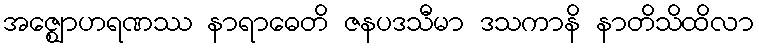
အဇ္ဈောဟရဏဿ နာရာဓေတိ ဇနပဒသီမာ ဒသကာနိ နာတိသိထိလာ